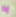
إذا